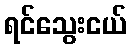
ရင်သွေးငယ်